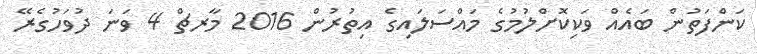
ކަންފަތުން ބައެއް ވަކިކޮށްލުމުގެ މައްސަލައިގެ އިތުރުން 2016 މާރޗް 4 ވަނަ ދުވަހުގެރޭ